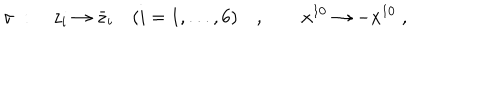
LaTeX: \sigma \; : \quad z _ { i } \to \bar { z } _ { i } \quad ( i = 1 , . . . , 6 ) \quad , \qquad x ^ { 1 0 } \to - x ^ { 1 0 } \; ,